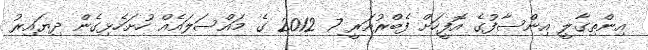
އިންތިގާލީ އިންސާފުގެ އޮފީހަށް ފެބްރުއަރީ 7 2012 ގެ މައްސަލައެއް ހުށަހެޅިގެން ދިޔައިރު